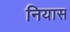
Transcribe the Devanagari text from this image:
नियास